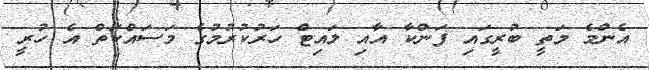
އެންމެ މަތީ ބުރީގައި ފަންކާ އާއި ލައިޓް ހަރުކުރުމުގެ މަސައްކަތް އެ ހުރީ